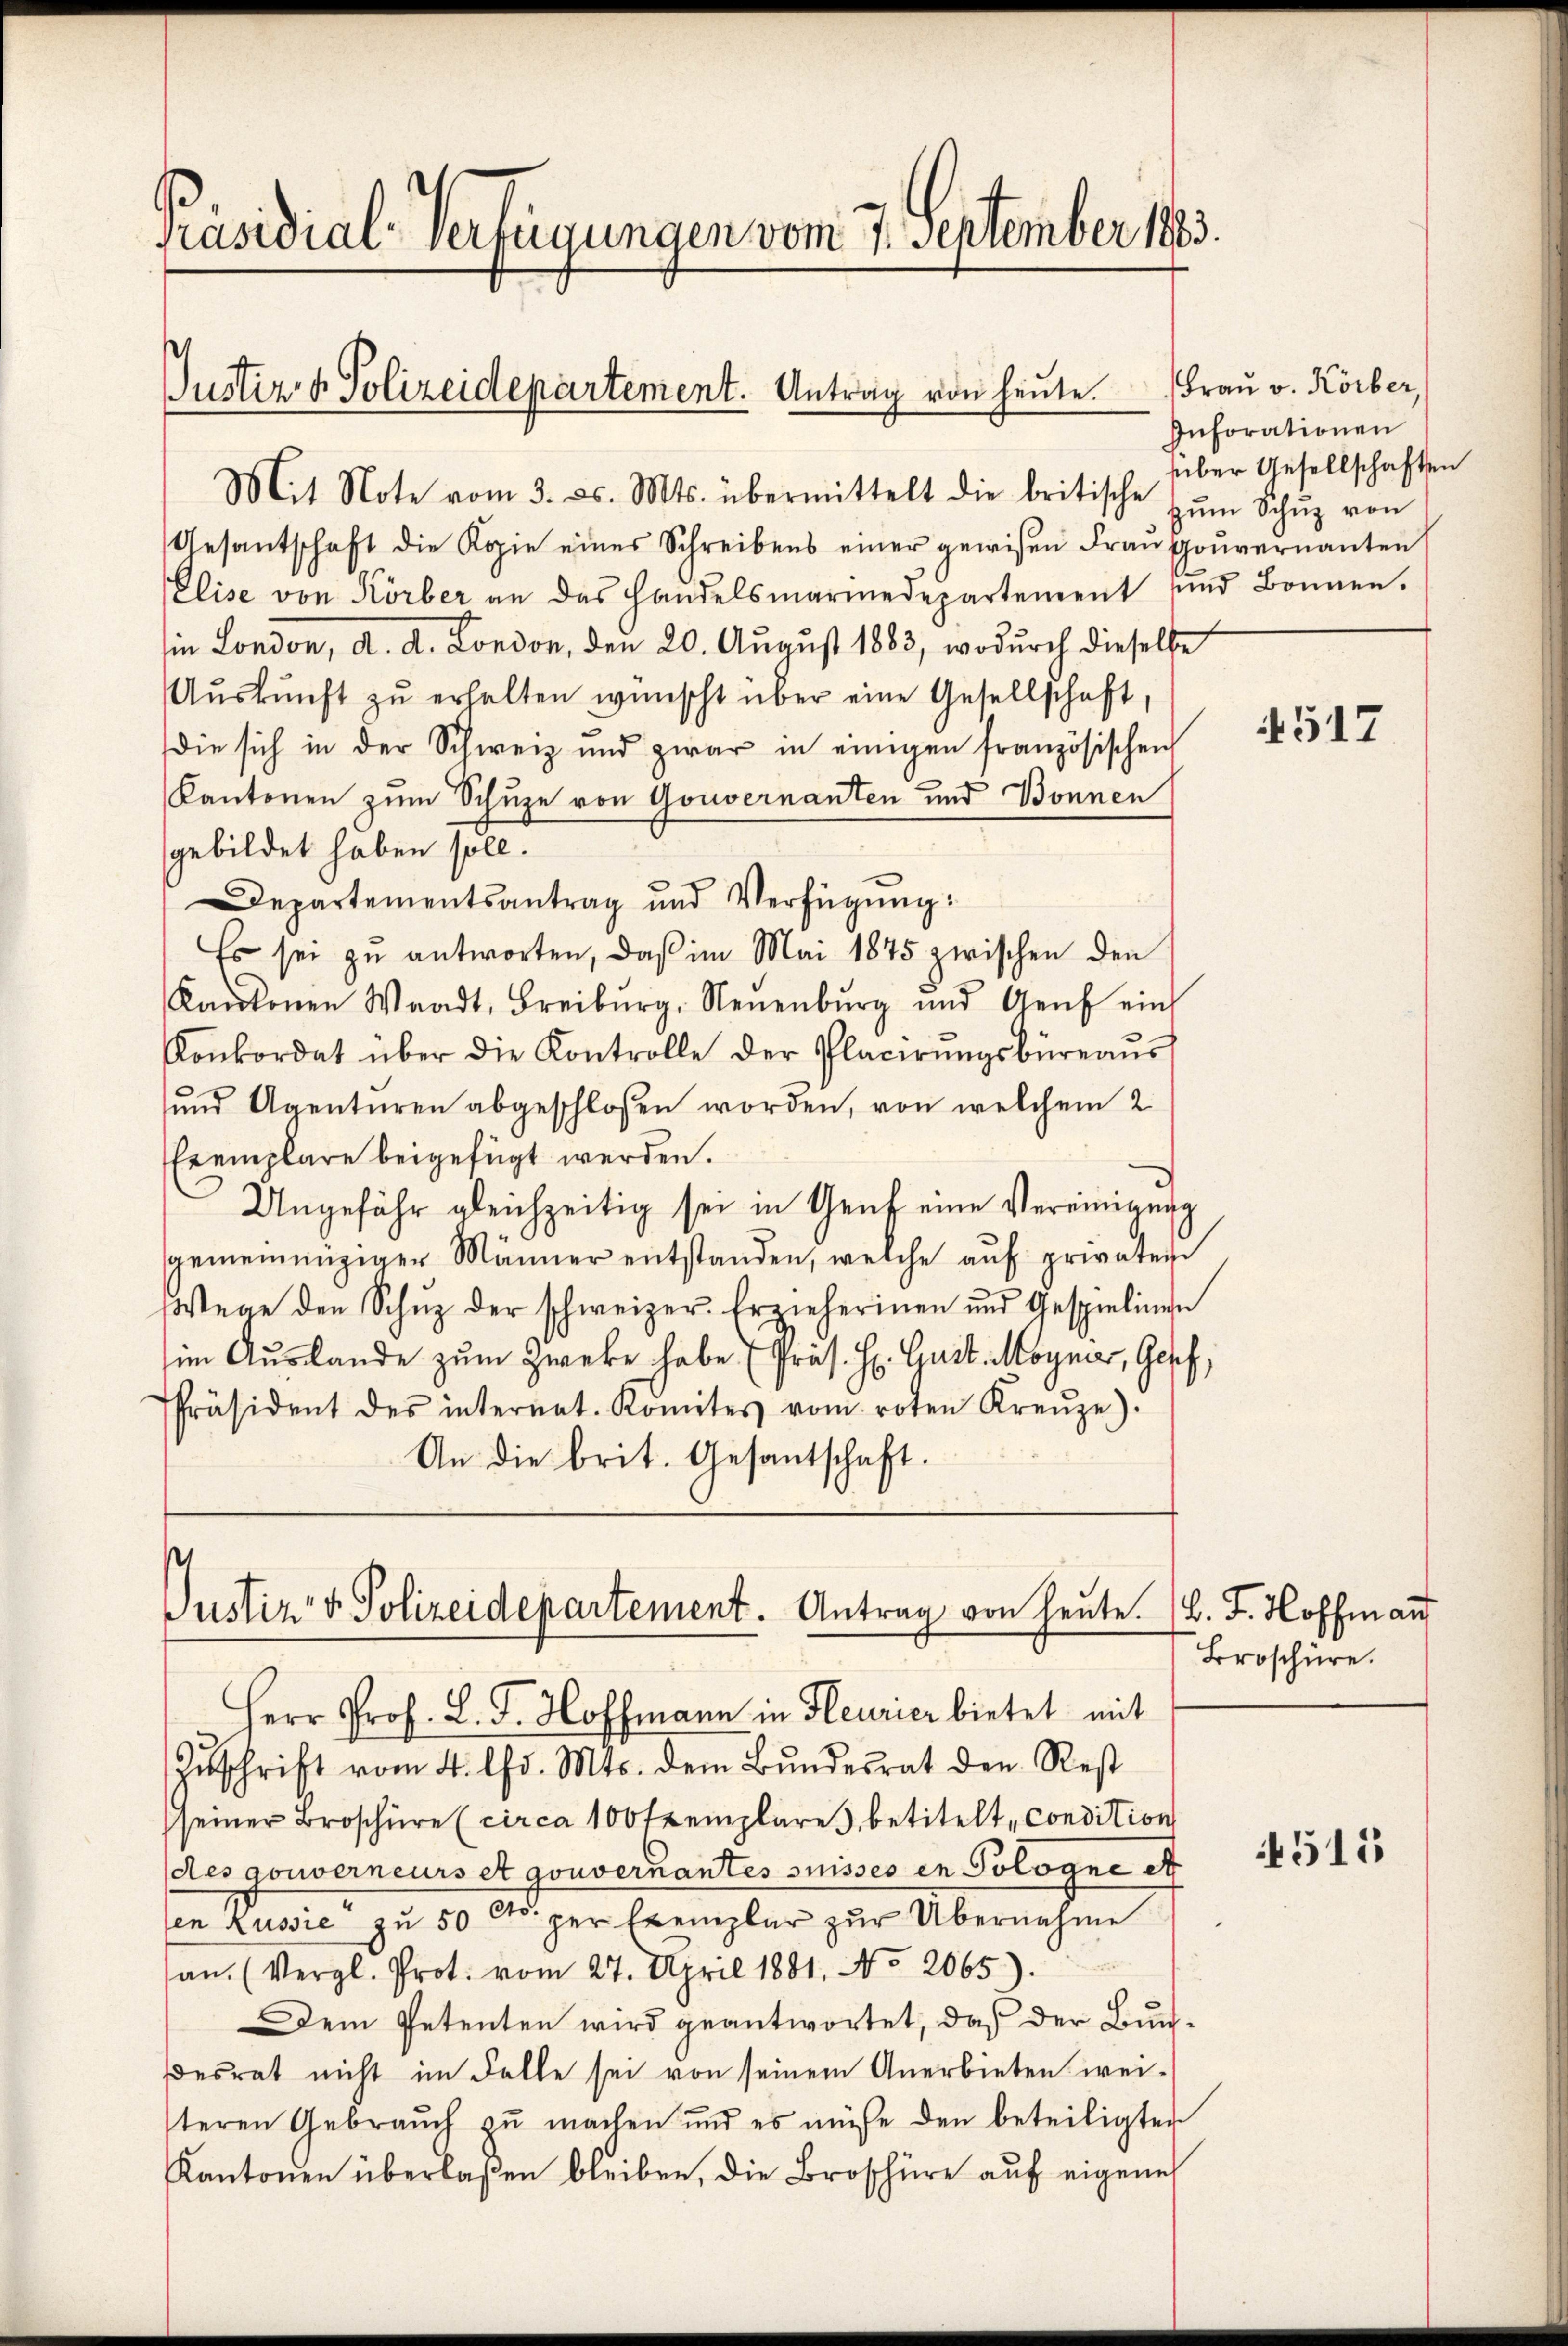
Präsidial-Verfügungen vom 7. September 1883.

Gesantschaft die Kopie eines Schreibens einer gewisen Frau gouvernanten
Elise von Körber an das Handelsmarmedepartement und Bonnen.
in London, d. d. London, den 20. August 1883, wodurch dieselbe
Aŭskŭnft zŭ erhalten wünscht über eine Gesellschaft,
die sich in der Schweiz und zwar in einigen französischen
Cantonen zum Schuze von Gouvernanten und Bonnen
gebildet haben soll.
Departementsantrag und Verfügŭng:
Es sei zu antworten, daβ im Mai 1875 zwischen den
Kantonen Waadt, Freiburg, Neuenburg und Genf ein
Konkordat über die Kontrolle der Placirŭngsbüreaŭs
und Agenturen abgeschlossen worden, von welchem 2
Exemplare beigefügt werden.
Ungefähr gleichzeitig sei in Genf eine Vereinigung
gemeinnüziger Männer entstanden, welche aŭf privatei
Wege den Schŭz der schweizer. Erzieherinen und Gespielinen
im Auslande zum Zweke habe Präs. H. Gust. Magner, Genf,
Präsident des internet. Komites vom roten Kreŭze).
An die brit. Gesantschaft.

Justiz & Polizeidepartement. Antrag von heute.
Mit Note vom 3. ds. Mts. übermittelt die britische zŭm Schŭz von

Justiz- & Polizeidepartement. Antrag von heute.
Herr Prof. J. J. Hoffmann in Heurier bietet mit

Frau v. Körber,
Inforationen
über Gesellschaften

Zŭschrift vom 4. Chr. Mts. dem Bŭndesrat den Rest
seiner Broschüre (circa 100 Exemplare, betitelt, condition
des gouverneurs et gouvernantes suisses in Pologne et
en Russie zu 50 Cts. per Exemplar zur Übernahme
an. (Vergl. Prot. vom 27. April 1881. No. 2065).
Dem Petenten wird geantwortet, daß der Buchdesrat nicht im Falle sei von seinem Anerbieten weiteren Gebrauch zu machen und es müsse den beteiligten
Kantonen überlaßen bleiben, die Broschüre auf eigeneh

517

B. J. Hoffen auf
Broschüre.

4515